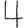
Digit: 4